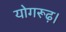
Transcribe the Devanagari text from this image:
योगरूढ़।